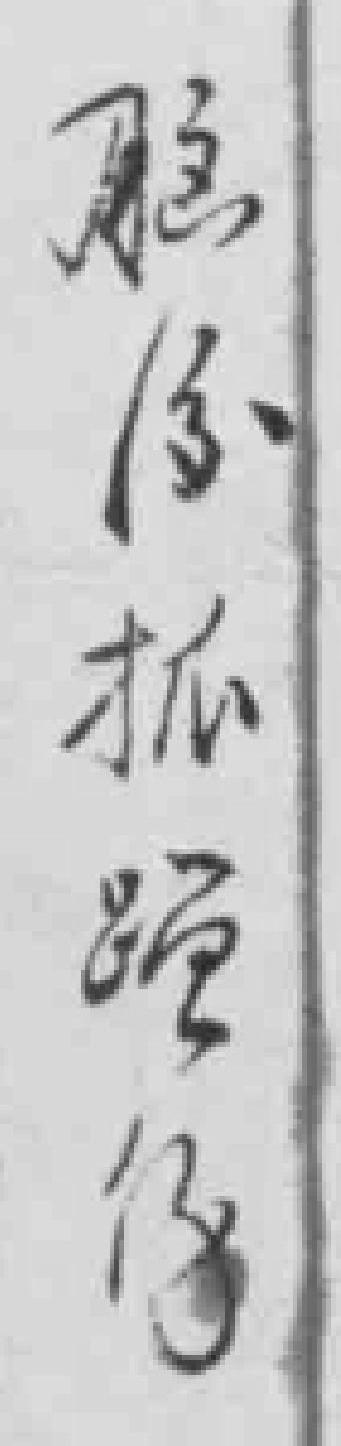
脑*抓蹭傷